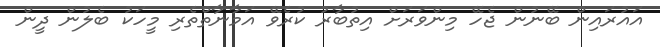
އައުރައިން ބޭނުން ޖެހޭ މިންވަރަށް އިތުބާރު ކުރެވޭ އަމާނާތްތެރި މީހަކު ބެލުން ދީން